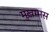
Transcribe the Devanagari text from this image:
मुख़म्मस